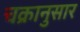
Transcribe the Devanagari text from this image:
चक्रानुसार